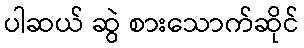
ပါဆယ် ဆွဲ စားသောက်ဆိုင်